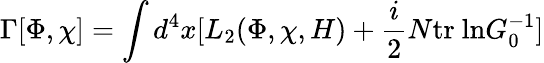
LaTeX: \Gamma[\Phi,\chi]=\int d^{4}x[L_{2}(\Phi,\chi,H)+{\frac{i}{2}}N\mathrm{tr~ln}G_{0}^{-1}]